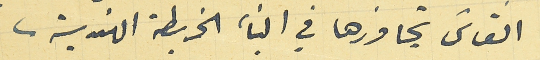
القائل تجاوزها في البناء الخريطة الهندسية.